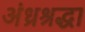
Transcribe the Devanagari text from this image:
अंध्रश्रद्धा